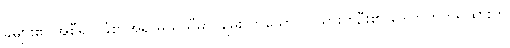
ခိုများ၏ အစီရင် ခံစာအရ မယ်သီမှာ ချမ်းသာသော လူသားတဦး၏ ဒေါက်ကတ်ရထားကို